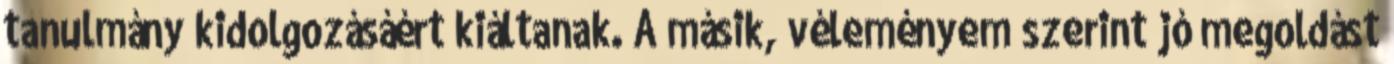
tanulmány kidolgozásáért kiáltanak. A másik, véleményem szerint jó megoldást